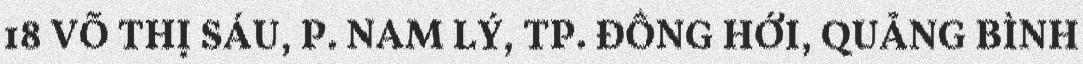
18 VÕ THỊ SÁU, P. NAM LÝ, TP. ĐỒNG HỚI, QUẢNG BÌNH